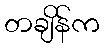
တချိန်က